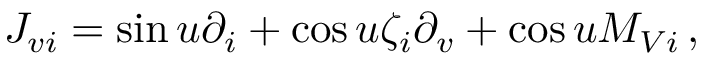
J _ { v i } = \sin u \partial _ { i } + \cos u \zeta _ { i } \partial _ { v } + \cos u M _ { V i } \, ,